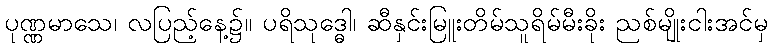
ပုဏ္ဏမာသေ၊ လပြည့်နေ့၌။ ပရိသုဒ္ဓေါ၊ ဆီနှင်းမြူးတိမ်သူရိမ်မီးခိုး ညစ်မျိုးငါးအင်မှ